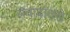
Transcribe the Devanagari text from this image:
संवादांतले